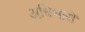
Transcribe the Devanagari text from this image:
अधिभारों